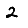
Digit: 2